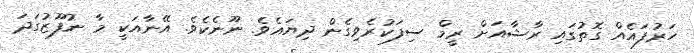
ހަރުފައެއް ގޮތުގައި ރާޝާއަށް ރީމް ސިފަކުރެވިގެން ދިޔައެވެ. ނޫނެކެވެ. އޭނާއަކީ މާ ނުފޫޒުގަދަ